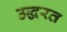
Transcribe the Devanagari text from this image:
उद्धरत